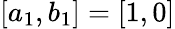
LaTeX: [a_{1},b_{1}]=[1,0]